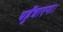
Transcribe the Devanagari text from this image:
पहुँचाएगा।